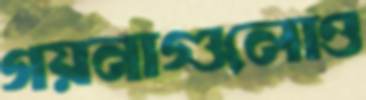
গয়নাগুলোও